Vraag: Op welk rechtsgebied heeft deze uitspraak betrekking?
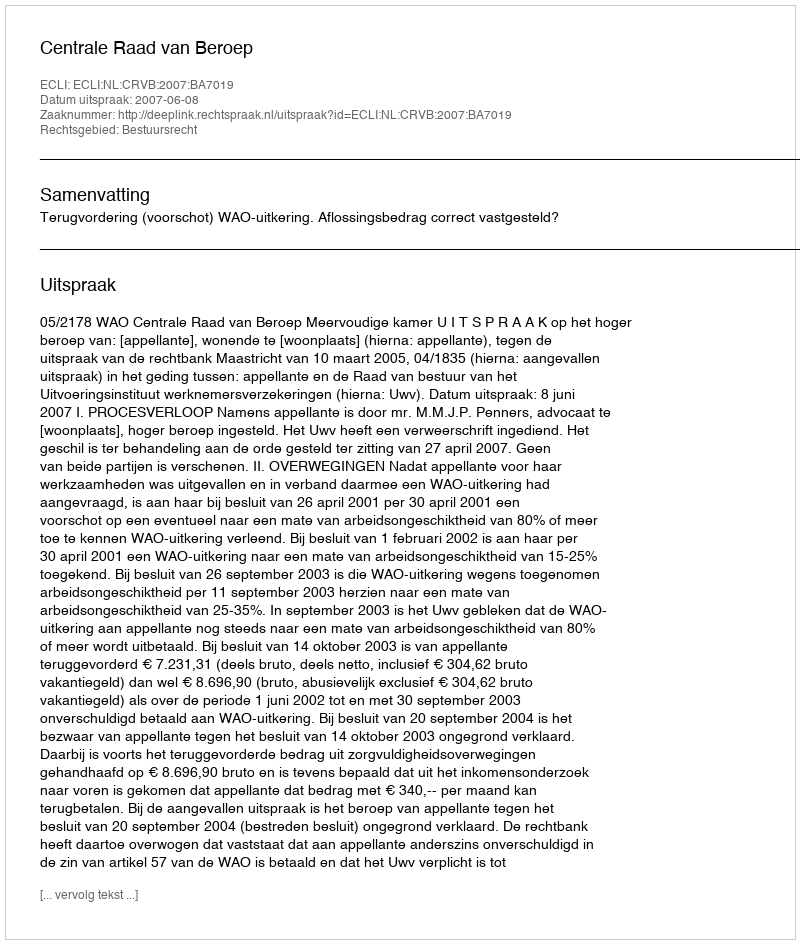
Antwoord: Bestuursrecht